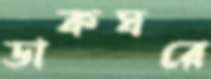
ডাকঘরে